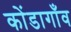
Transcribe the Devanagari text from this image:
कोंडागाँव